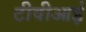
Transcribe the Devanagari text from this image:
टीवीआई